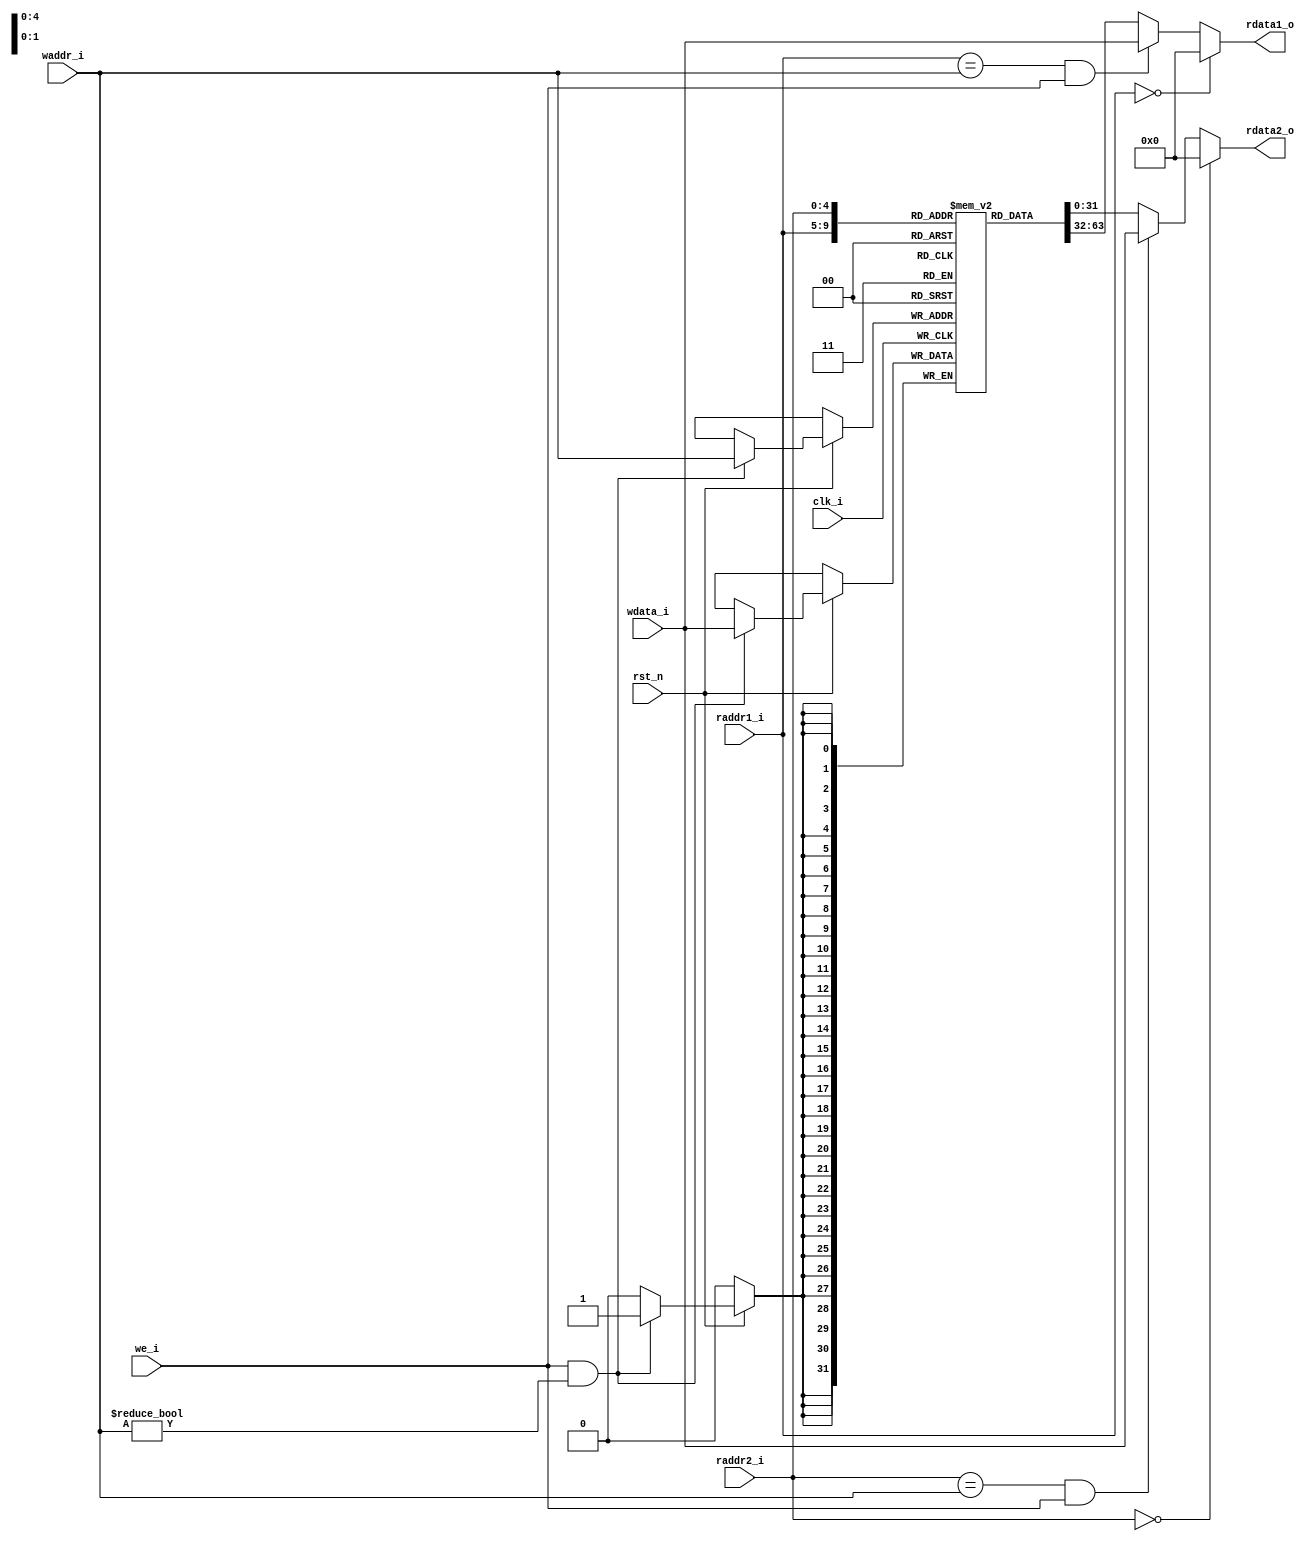
module priV32_Regs(
	input clk_i,
	input rst_n,

    input wire we_i,
    input wire[4:0] waddr_i,
    input wire[31:0] wdata_i, 

    input wire[4:0] raddr1_i,
	input wire[4:0] raddr2_i,

	output reg[31:0] rdata1_o,
    output reg[31:0] rdata2_o
);
    reg[31:0] regs[0:31];

    always @ (posedge clk_i) begin
        if (rst_n == 1'b1) begin
            if ((we_i == 1'b1) && (waddr_i != 5'h0)) begin
                regs[waddr_i] <= wdata_i;
            end
        end
    end

    always @ (*) begin
        if (raddr1_i == 5'h0) begin
            rdata1_o = 32'h0;
        end else if (raddr1_i == waddr_i && we_i == 1'b1) begin
            rdata1_o = wdata_i;
        end else begin
            rdata1_o = regs[raddr1_i];
        end
    end

    always @ (*) begin
        if (raddr2_i == 5'h0) begin
            rdata2_o = 32'h0;
        end else if (raddr2_i == waddr_i && we_i == 1'b1) begin
            rdata2_o = wdata_i;
        end else begin
            rdata2_o = regs[raddr2_i];
        end
    end

endmodule